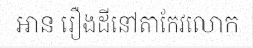
អាន រឿងដីនៅតាកែវលោក